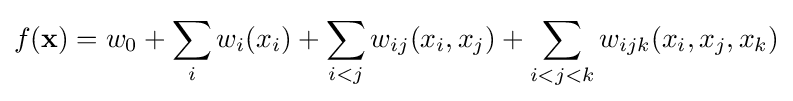
f(\mathbf {x} )=w_{0}+\sum _{i}w_{i}(x_{i})+\sum _{i<j}w_{ij}(x_{i},x_{j})+\sum _{i<j<k}w_{ijk}(x_{i},x_{j},x_{k})